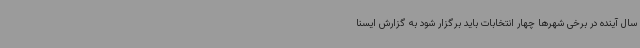
سال آینده در برخی شهرها چهار انتخابات باید برگزار شود به گزارش ایسنا